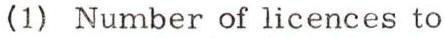
(1) Number of licences to